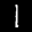
Label: 1